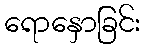
ရောနှောခြင်း